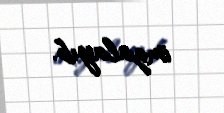
imzalayıb.